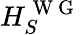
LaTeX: H_{S}^{\mathrm{~W~G~}}